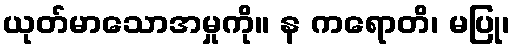
ယုတ်မာသောအမှုကို။ န ကရောတိ၊ မပြု၊